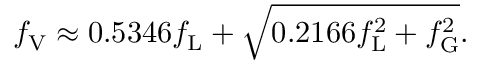
f _ { \mathrm { V } } \approx 0 . 5 3 4 6 f _ { \mathrm { L } } + { \sqrt { 0 . 2 1 6 6 f _ { \mathrm { L } } ^ { 2 } + f _ { \mathrm { G } } ^ { 2 } } } .